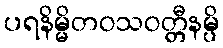
ပရနိမ္မိတဝသဝတ္တီနမ္ပိ